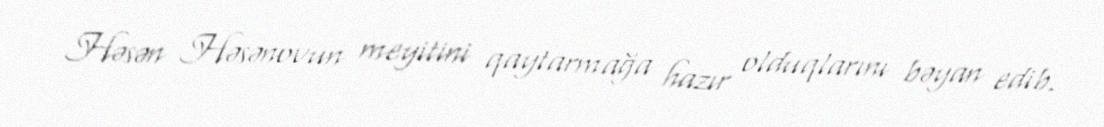
Həsən Həsənovun meyitini qaytarmağa hazır olduqlarını bəyan edib.